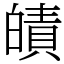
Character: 皟